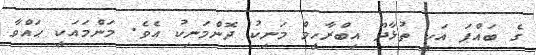
ގެ ބައްޕަ އަކީ ތުޅާދޫ އިބްރާހީމް މަނިކު ދޮންމަނިކު އެވެ. މަންމައަކީ ޙައްވާ